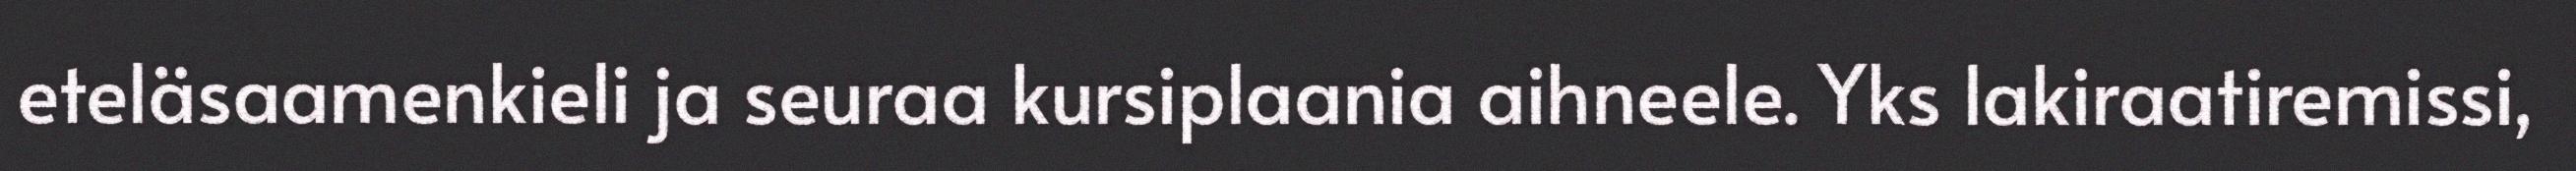
eteläsaamenkieli ja seuraa kursiplaania aihneele. Yks lakiraatiremissi,